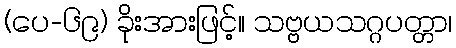
(ပေ-၆၉) ခိုးအားဖြင့်။ သဗ္ဗယသဂ္ဂပတ္တာ၊